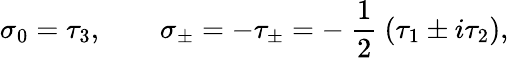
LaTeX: \sigma_{0}=\tau_{3},\qquad\sigma_{\pm}=-\tau_{\pm}=-\mathrm{~\frac{1}{2}~}(\tau_{1}\pm i\tau_{2}),